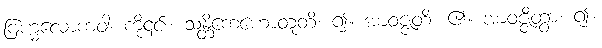
ဗြဟ္မလောကံဝါ၊ ကို၎င်း။ သန္တိကေဟောတူတိ၊ ၍။ အာဝဇ္ဇတိ၊ ၏။ အာဝဇ္ဇိတွာ၊ ၍။